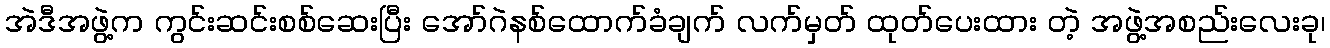
အဲဒီအဖွဲ့က ကွင်းဆင်းစစ်ဆေးပြီး အော်ဂဲနစ်ထောက်ခံချက် လက်မှတ် ထုတ်ပေးထား တဲ့ အဖွဲ့အစည်းလေးခု၊